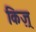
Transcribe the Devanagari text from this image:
किज़्र